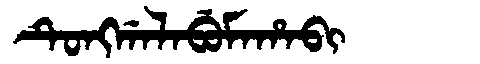
Manchu: ᡨᡠᠩᡤᠠᠯᠠᠪᡠᠮᠠᡥᠠᠪᡳ
Romanization: TUNGGALABUMAHABI